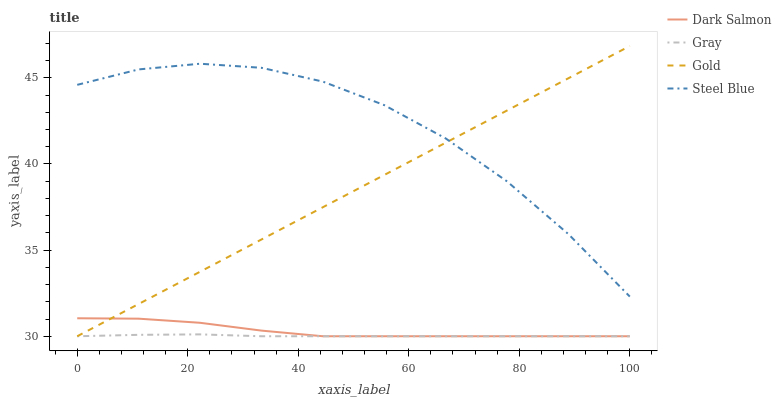
| xaxis_label | Dark Salmon | Gray | Gold | Steel Blue |
 | --- | --- | --- | --- | --- |
 | 0 | 31 | 30 | 30 | 44.6 |
 | 11.1 | 31 | 30.1 | 31.9 | 45.5 |
 | 22.2 | 30.8 | 30.1 | 33.7 | 45.8 |
 | 33.3 | 30.3 | 30 | 35.6 | 45.6 |
 | 44.4 | 30 | 30 | 37.5 | 44.8 |
 | 55.6 | 30 | 30 | 39.4 | 43.4 |
 | 66.7 | 30 | 30 | 41.2 | 41.5 |
 | 77.8 | 30 | 30 | 43.1 | 39 |
 | 88.9 | 30 | 30 | 45 | 35.9 |
 | 100 | 30 | 30 | 46.8 | 32.3 |